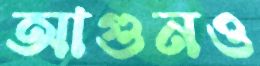
আগুনও